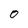
Character: O